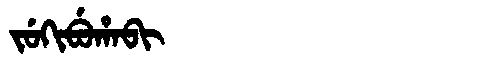
Manchu: ᠵᡠᡴᡳᠪᡠᡥᠠᠪᡳ
Romanization: JUKIBUHABI